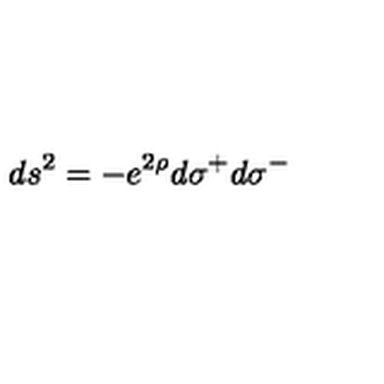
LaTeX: \: d s ^ { 2 } = - e ^ { 2 \rho } d \sigma ^ { + } d \sigma ^ { - } \: